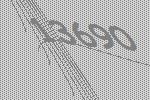
13690